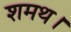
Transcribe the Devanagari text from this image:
शमथ।